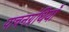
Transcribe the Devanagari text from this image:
पाचनग्रंथियाँ